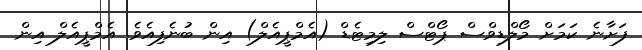
ފަށާނެ ކަމަށް މޯލްޑިވްސް ޕޯޓްސް ލިމިޓެޑް (އެމްޕީއެލް) އިން ބުނެފިއެވެ. އެމްޕީއެލް އިން